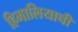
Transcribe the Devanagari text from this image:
हिमालियाची